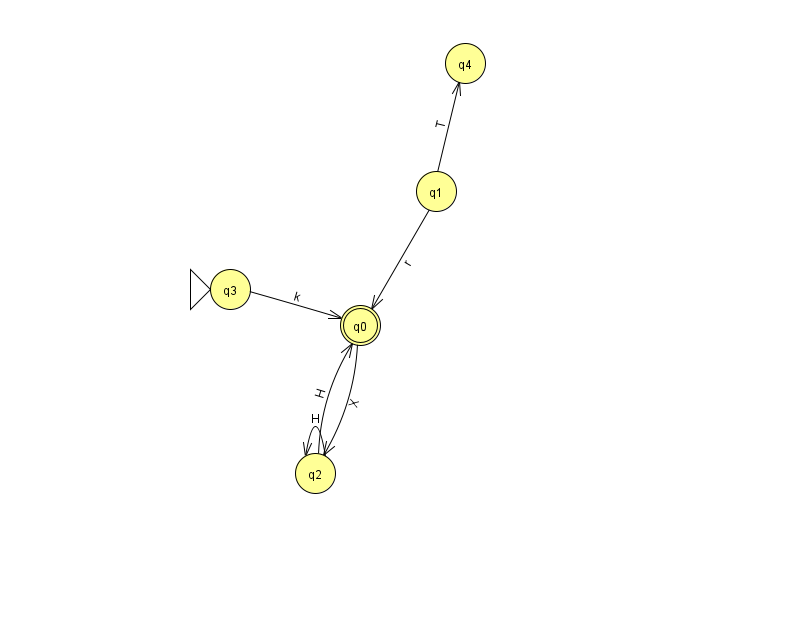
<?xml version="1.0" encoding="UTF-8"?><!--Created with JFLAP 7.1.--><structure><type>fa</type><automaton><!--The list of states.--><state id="0" name="q0"><x>360.0</x><y>312.0</y><final/></state><state id="1" name="q1"><x>436.0</x><y>178.0</y></state><state id="2" name="q2"><x>315.0</x><y>460.0</y></state><state id="3" name="q3"><x>230.0</x><y>276.0</y><initial/></state><state id="4" name="q4"><x>465.0</x><y>50.0</y></state><!--The list of transitions.--><transition><from>1</from><to>4</to><read>T</read></transition><transition><from>3</from><to>0</to><read>k</read></transition><transition><from>0</from><to>2</to><read>X</read></transition><transition><from>2</from><to>0</to><read>H</read></transition><transition><from>2</from><to>2</to><read>H</read></transition><transition><from>1</from><to>0</to><read>r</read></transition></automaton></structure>